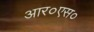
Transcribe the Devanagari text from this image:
आर०एस०